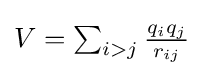
{\textstyle V=\sum _{i>j}{\frac {q_{i}q_{j}}{r_{ij}}}}